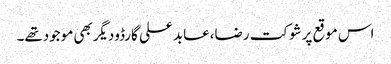
اس موقع پرشوکت رضا،عابد علی گارڈودیگربھی موجودتھے۔